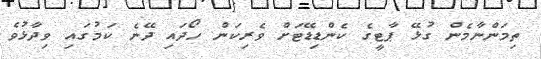
ތިމަންނާމެން ގުޅޭ ޕާޓީގެ ކެންޑިޑޭޓަށް ވެރިކަން ހޯދައި ދޭނެ ކަމުގައި ވިދާޅުވެ